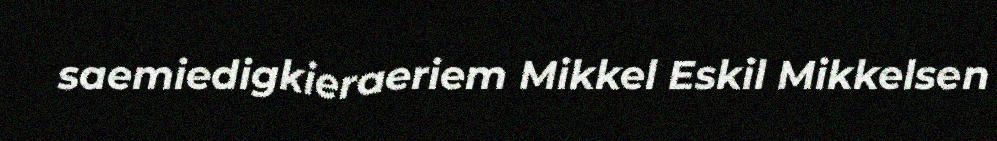
saemiedigkieraeriem Mikkel Eskil Mikkelsen